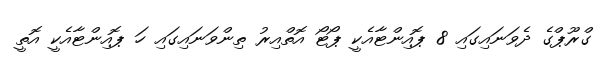
ގްރޫޕްގެ ދެވަނައިގައި 8 ޕޮއިންޓާއެކީ ޕޯޓޯ އޮތްއިރު ތިންވަނައިގައި ހަ ޕޮއިންޓާއެކީ އޮތީ